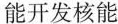
能开发核能